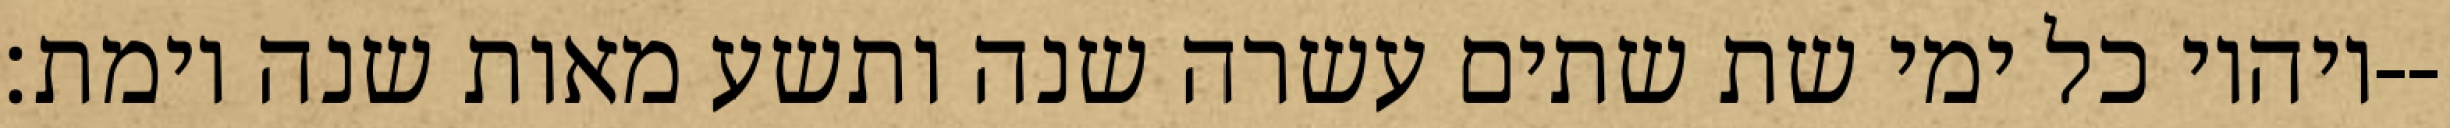
ויהיו כל ימי שת שתים עשרה שנה ותשע מאות שנה וימת׃--